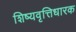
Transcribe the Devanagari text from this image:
शिष्यवृत्तिधारक